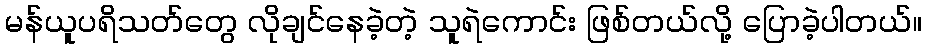
မန်ယူပရိသတ်တွေ လိုချင်နေခဲ့တဲ့ သူရဲကောင်း ဖြစ်တယ်လို့ ပြောခဲ့ပါတယ်။